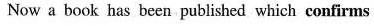
Now a book has been puhlished which confirms